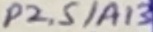
Text: P2.5/A13